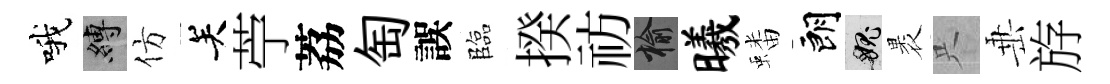
哦縛仿关苧荔匋誤臨揆祊榆曦蟠朗愧褁只𡸁斿